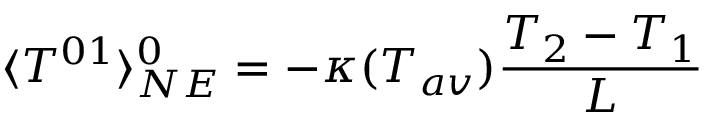
\langle { \cal T } ^ { 0 1 } \rangle _ { N E } ^ { 0 } = - \kappa ( T _ { a v } ) \frac { T _ { 2 } - T _ { 1 } } { L }